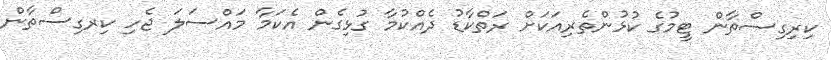
ކިރިގިސްތާން ޓީމުގެ ކުޅުންތެރިއަކަށް ރަތްކާޑު ދެއްކުމާ ގުޅިގެން އެކަމާ މައްސަލަ ޖެހި ކިރގިސްތާން